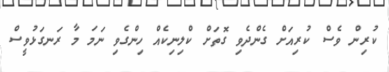
ކުރިން ވެސް ކުރިއަށް ގެންދެވި ގޮތަށް ކްލިނިކެއް ހިންގެވި ނަމަ މާ ރަނގަޅުވީސް